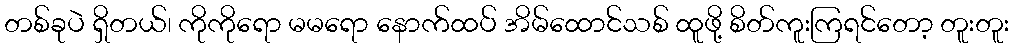
တစ်ခုပဲ ရှိတယ်၊ ကိုကိုရော မမရော နောက်ထပ် အိမ်ထောင်သစ် ထူဖို့ စိတ်ကူးကြရင်တော့ တူးတူး